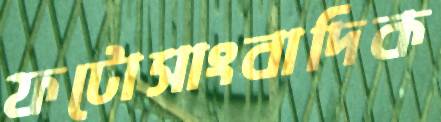
ফটোসাংবাদিক